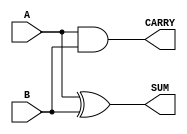
module Parameterized_Half_Adder #(
    parameter WIDTH = 1
)(
    input  [WIDTH-1:0] A,     // First operand
    input  [WIDTH-1:0] B,     // Second operand
    output [WIDTH-1:0] SUM,    // Sum of A and B
    output CARRY              // Carry out
);

    // Generate SUM as bitwise XOR of A and B
    assign SUM = A ^ B;

    // Generate CARRY as bitwise AND (only one bit; indicates if any bit position has a carry)
    assign CARRY = |(A & B);    // Logical OR to check if any bit pair produces a carry

endmodule